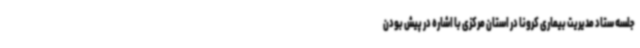
جلسه ستاد مدیریت بیماری کرونا در استان مرکزی با اشاره در پیش‌ بودن